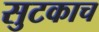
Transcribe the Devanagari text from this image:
सुटकाच